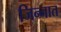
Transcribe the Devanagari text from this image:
जिन्‍नात